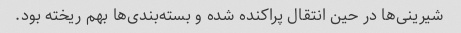
شیرینی‌ها در حین انتقال پراکنده شده و بسته‌بندی‌ها بهم ریخته بود.